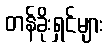
တန်ခိုးရှင်များ